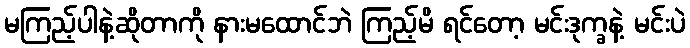
မကြည့်ပါနဲ့ဆိုတာကို နားမထောင်ဘဲ ကြည့်မိ ရင်တော့ မင်းဒုက္ခနဲ့ မင်းပဲ